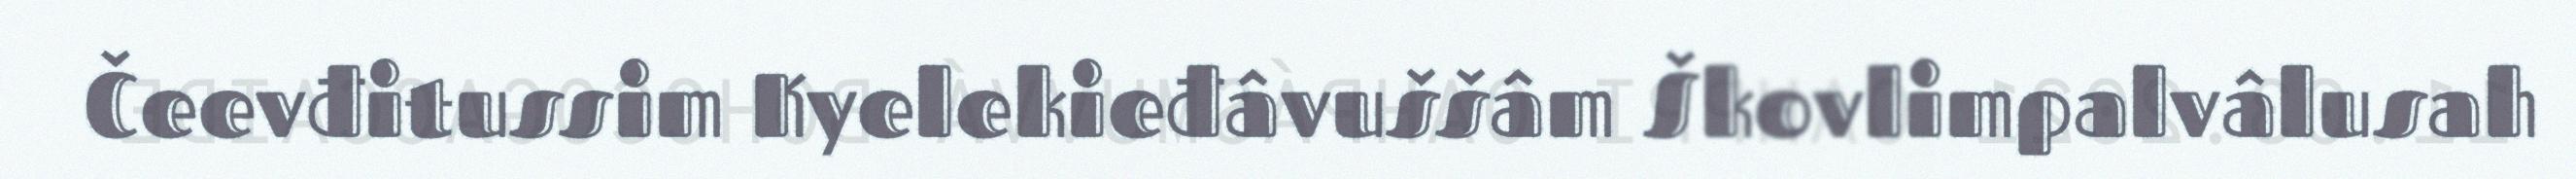
Čeevđitussim Kyelekieđâvuššâm Škovlimpalvâlusah